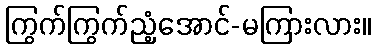
ကြွက်ကြွက်ညံ့အောင်-မကြားလား။